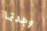
وجدتما